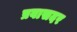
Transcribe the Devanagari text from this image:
प्रवासदर